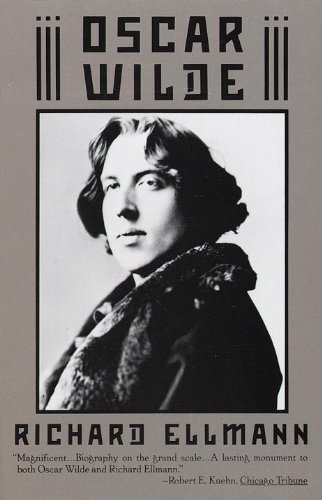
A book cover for Oscar Wilde; Richard Ellmann; Literature & Fiction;